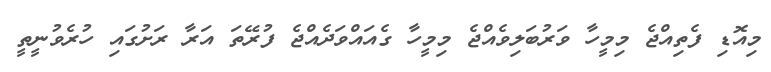
މިއޮޑި ފެތިއްޖެ މިމީހާ ވަރުބަލިވެއްޖެ މިމީހާ ގެއައްވަދެއްޖެ ފުރޭތަ އަރާ ރަށުގައި ހުރެވުނީތީ